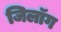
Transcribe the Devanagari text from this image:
जिलॉग